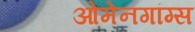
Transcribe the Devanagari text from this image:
ओमेनगांग्स